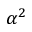
\alpha ^ { 2 }